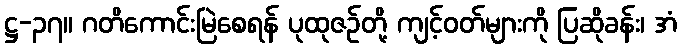
ဋ္ဌ-၃၇။ ဂတိကောင်းမြဲစေရန် ပုထုဇဉ်တို့ ကျင့်ဝတ်များကို ပြဆိုခန်း၊ အံ